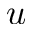
\boldsymbol { u }